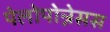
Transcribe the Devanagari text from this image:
पेलोपोन्नेसस